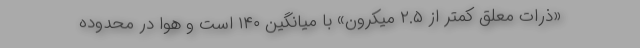
«ذرات معلق کمتر از ۲.۵ میکرون» با میانگین ۱۴۰ است و هوا در محدوده